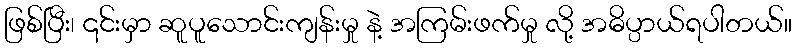
ဖြစ်ပြီး၊ ၎င်းမှာ ဆူပူသောင်းကျန်းမှု နဲ့ အကြမ်းဖက်မှု လို့ အဓိပ္ပာယ်ရပါတယ်။